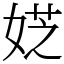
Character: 𡝳